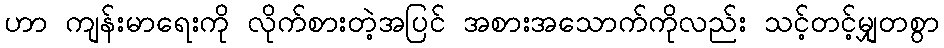
ဟာ ကျန်းမာရေးကို လိုက်စားတဲ့အပြင် အစားအသောက်ကိုလည်း သင့်တင့်မျှတစွာ